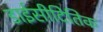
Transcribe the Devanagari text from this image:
डाईसीदितिक